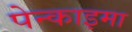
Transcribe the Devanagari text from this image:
पेन्काइमा